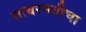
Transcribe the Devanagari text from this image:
साबरमतीचा